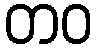
တဝ